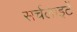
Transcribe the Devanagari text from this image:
सर्चलाइटें